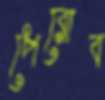
পেরোব